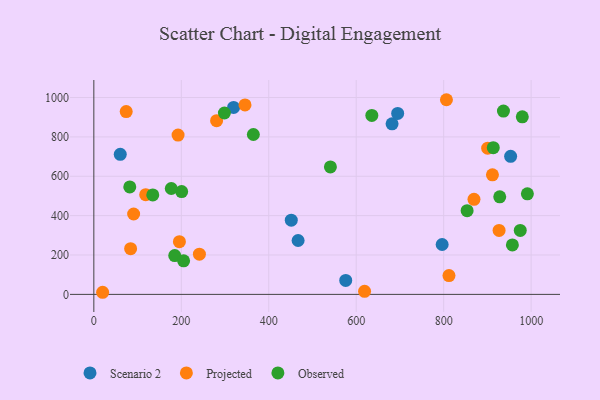
{"axis": {"x": "Investment", "y": "Sales"}, "legend": ["Observed", "Projected", "Scenario 2"], "data": [{"x": "467.1", "y": 273.7, "type": "Scenario 2"}, {"x": "953.1", "y": 701.2, "type": "Scenario 2"}, {"x": "451.5", "y": 377.0, "type": "Scenario 2"}, {"x": "682.0", "y": 866.3, "type": "Scenario 2"}, {"x": "796.5", "y": 253.5, "type": "Scenario 2"}, {"x": "319.6", "y": 950.0, "type": "Scenario 2"}, {"x": "576.0", "y": 70.7, "type": "Scenario 2"}, {"x": "694.8", "y": 919.2, "type": "Scenario 2"}, {"x": "60.4", "y": 711.3, "type": "Scenario 2"}, {"x": "20.1", "y": 10.7, "type": "Projected"}, {"x": "926.7", "y": 324.9, "type": "Projected"}, {"x": "812.1", "y": 95.4, "type": "Projected"}, {"x": "195.7", "y": 267.6, "type": "Projected"}, {"x": "91.0", "y": 408.4, "type": "Projected"}, {"x": "192.6", "y": 809.5, "type": "Projected"}, {"x": "619.1", "y": 15.7, "type": "Projected"}, {"x": "84.1", "y": 232.2, "type": "Projected"}, {"x": "118.6", "y": 506.6, "type": "Projected"}, {"x": "241.4", "y": 204.4, "type": "Projected"}, {"x": "74.0", "y": 928.6, "type": "Projected"}, {"x": "345.7", "y": 962.4, "type": "Projected"}, {"x": "911.5", "y": 607.3, "type": "Projected"}, {"x": "900.6", "y": 742.8, "type": "Projected"}, {"x": "869.3", "y": 483.1, "type": "Projected"}, {"x": "280.7", "y": 882.3, "type": "Projected"}, {"x": "806.3", "y": 988.9, "type": "Projected"}, {"x": "936.7", "y": 931.3, "type": "Observed"}, {"x": "853.6", "y": 425.4, "type": "Observed"}, {"x": "975.1", "y": 324.9, "type": "Observed"}, {"x": "185.0", "y": 197.2, "type": "Observed"}, {"x": "957.1", "y": 251.4, "type": "Observed"}, {"x": "200.8", "y": 522.4, "type": "Observed"}, {"x": "364.8", "y": 812.2, "type": "Observed"}, {"x": "541.0", "y": 647.4, "type": "Observed"}, {"x": "298.6", "y": 921.5, "type": "Observed"}, {"x": "979.8", "y": 902.0, "type": "Observed"}, {"x": "134.8", "y": 505.4, "type": "Observed"}, {"x": "205.3", "y": 170.4, "type": "Observed"}, {"x": "82.2", "y": 546.0, "type": "Observed"}, {"x": "177.1", "y": 538.0, "type": "Observed"}, {"x": "635.7", "y": 909.0, "type": "Observed"}, {"x": "913.4", "y": 745.2, "type": "Observed"}, {"x": "991.4", "y": 510.7, "type": "Observed"}, {"x": "928.2", "y": 495.8, "type": "Observed"}]}